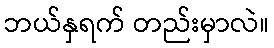
ဘယ်နှရက် တည်းမှာလဲ။